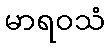
မာရဝသံ